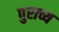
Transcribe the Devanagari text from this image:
पुराच्य